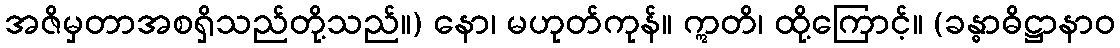
အဇိမှတာအစရှိသည်တို့သည်။) နော၊ မဟုတ်ကုန်။ ဣတိ၊ ထို့ကြောင့်။ (ခန္ဓာဓိဋ္ဌာနာဝ